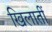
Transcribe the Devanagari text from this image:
खिलातीं